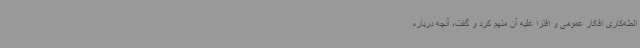
الطه‌کاری افکار عمومی و افترا علیه آن متهم کرد و گفت، آنچه درباره